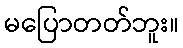
မပြောတတ်ဘူး။